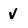
Character: v